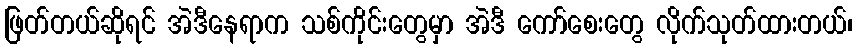
ဖြတ်တယ်ဆိုရင် အဲဒီနေရာက သစ်ကိုင်းတွေမှာ အဲဒီ ကော်စေးတွေ လိုက်သုတ်ထားတယ်၊